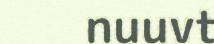
nuuvt